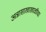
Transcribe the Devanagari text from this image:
अन्नासाखाखाळीचा